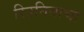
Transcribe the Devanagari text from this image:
रिउनियाचा